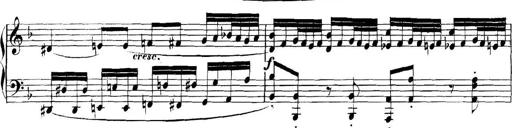
Title: Collected Piano Sonatas
Composer: Muzio Clementi